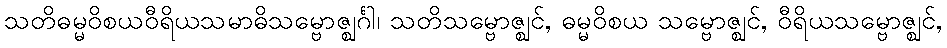
သတိဓမ္မဝိစယဝီရိယသမာဓိသမ္ဗောဇ္ဈင်္ဂါ၊ သတိသမ္ဗောဇ္ဈင်, ဓမ္မဝိစယ သမ္ဗောဇ္ဈင်, ဝီရိယသမ္ဗောဇ္ဈင်,